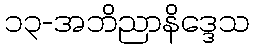
၁၃-အဘိညာနိဒ္ဒေသ